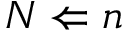
N \Leftarrow n